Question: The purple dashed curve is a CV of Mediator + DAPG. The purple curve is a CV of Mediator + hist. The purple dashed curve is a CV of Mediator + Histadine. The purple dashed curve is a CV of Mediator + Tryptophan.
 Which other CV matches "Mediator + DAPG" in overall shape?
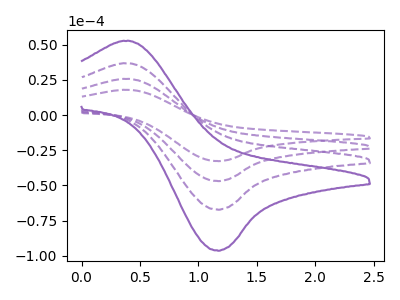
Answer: <think>The purple dashed curve "Mediator + DAPG" has an anodic peak at (0.40V, 36.70uA) and a cathodic peak at (1.15V, -67.30uA). The purple curve "Mediator + hist" has an anodic peak at (0.40V, 52.55uA) and a cathodic peak at (1.15V, -96.40uA). The purple dashed curve "Mediator + Histadine" has an anodic peak at (0.40V, 73.35uA) and a cathodic peak at (1.15V, -134.55uA). The purple dashed curve "Mediator + Tryptophan" has an anodic peak at (0.40V, 110.05uA) and a cathodic peak at (1.15V, -201.85uA).
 All the peaks in "Mediator + DAPG" have a peak in "Mediator + hist" at the same potential. Every peak in "Mediator + DAPG" is lower than every peak in "Mediator + hist". All the peaks in "Mediator + DAPG" have a peak in "Mediator + Histadine" at the same potential. Every peak in "Mediator + DAPG" is lower than every peak in "Mediator + Histadine". All the peaks in "Mediator + DAPG" have a peak in "Mediator + Tryptophan" at the same potential. Every peak in "Mediator + DAPG" is lower than every peak in "Mediator + Tryptophan". All the peaks in "Mediator + hist" have a peak in "Mediator + Histadine" at the same potential. Every peak in "Mediator + hist" is lower than every peak in "Mediator + Histadine". All the peaks in "Mediator + hist" have a peak in "Mediator + Tryptophan" at the same potential. Every peak in "Mediator + hist" is lower than every peak in "Mediator + Tryptophan". All the peaks in "Mediator + Histadine" have a peak in "Mediator + Tryptophan" at the same potential. Every peak in "Mediator + Histadine" is lower than every peak in "Mediator + Tryptophan".</think>
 <answer>"Mediator + DAPG", "Mediator + Histadine" and "Mediator + Tryptophan" have a similar shape to "Mediator + hist".</answer>
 <eval>"Mediator + DAPG" "Mediator + Histadine" "Mediator + Tryptophan"</eval>